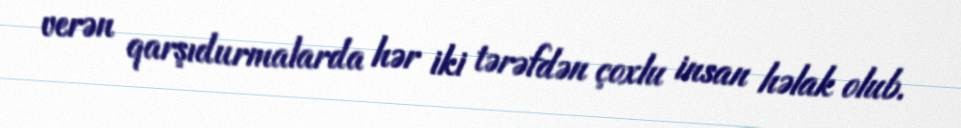
verən qarşıdurmalarda hər iki tərəfdən çoxlu insan həlak olub.